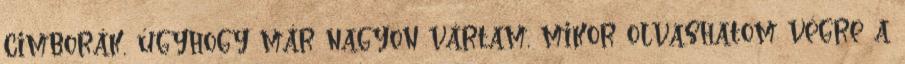
cimborák, úgyhogy már nagyon vártam, mikor olvashatom végre a